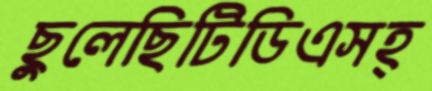
ছুলেছিটিডিএসহ্